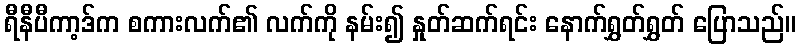
ရီနီပီကာ့ဒ်က စကားလက်၏ လက်ကို နမ်း၍ နှုတ်ဆက်ရင်း နောက်ရွှတ်ရွှတ် ပြောသည်။